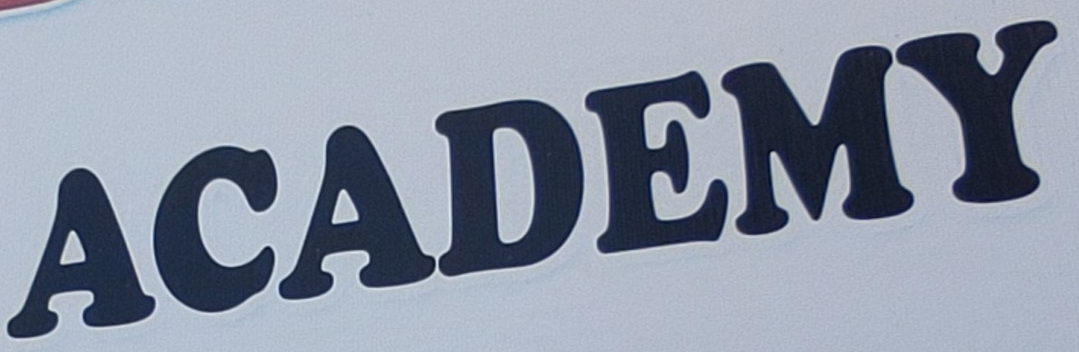
ACADEMY